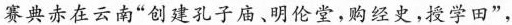
赛典赤在云南”创建孔子庙、明伦堂，购经史，授学田”，